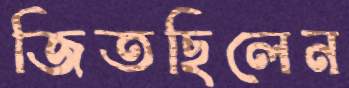
জিতছিলেন